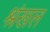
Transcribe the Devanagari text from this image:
श्रंखल